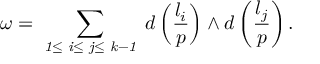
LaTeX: \omega = \sum _ { \mathrm { \scriptsize { \it ~ 1 \leq ~ i \leq ~ j \leq ~ k - 1 ~ } } } d \left( { \frac { l _ { i } } { p } } \right) \wedge d \left( { \frac { l _ { j } } { p } } \right) .